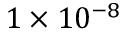
1 \times 1 0 ^ { - 8 }